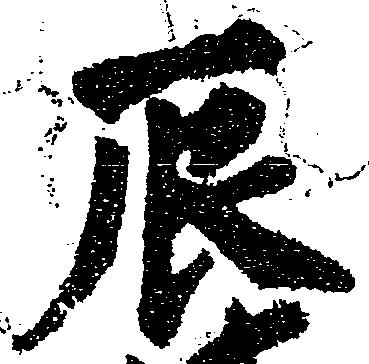
辰